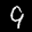
Label: 9